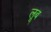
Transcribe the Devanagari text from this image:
लूब